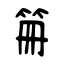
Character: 笧